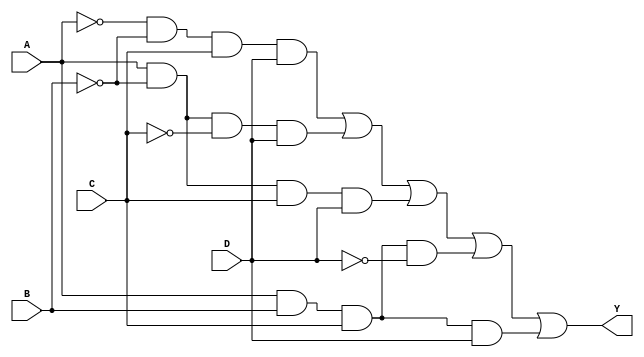
module combinational_logic_block (
    input wire A,   // Input A
    input wire B,   // Input B
    input wire C,   // Input C
    input wire D,   // Input D
    output wire Y   // Output Y
);

// Define the combinational logic using don't care conditions
// Let's assume the following truth table with don't cares:

// A B C D | Y
// 0 0 0 0 | 0   
// 0 0 0 1 | X  // Don't Care
// 0 0 1 0 | X  // Don't Care
// 0 0 1 1 | 1   
// 0 1 0 0 | 0   
// 0 1 0 1 | X  // Don't Care
// 0 1 1 0 | X  // Don't Care
// 0 1 1 1 | 1   
// 1 0 0 0 | 0   
// 1 0 0 1 | 1   
// 1 0 1 0 | X  // Don't Care
// 1 0 1 1 | 1   
// 1 1 0 0 | X  // Don't Care
// 1 1 0 1 | X  // Don't Care
// 1 1 1 0 | 1   
// 1 1 1 1 | 1   

// Combinational logic implementation based on the truth table
assign Y = ( (~A & ~B & C & D) | // Condition for 0 0 1 1
            (A & ~B & ~C & D) | // Condition for 1 0 0 1
            (A & ~B & C & D) |  // Condition for 1 0 1 1
            (A & B & C & ~D) |  // Condition for 1 1 1 0
            (A & B & C & D) );  // Condition for 1 1 1 1

endmodule